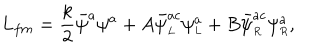
L _ { f m } = \frac { k } { 2 } \bar { \psi } ^ { a } \psi ^ { a } + A \bar { \psi } _ { \scriptscriptstyle L } ^ { a c } \psi _ { \scriptscriptstyle L } ^ { a } + B \bar { \psi } _ { \scriptscriptstyle R } ^ { a c } \psi _ { \scriptscriptstyle R } ^ { a } ,